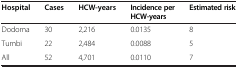
<table><thead><tr><td><b>Hospital</b></td><td><b>Cases</b></td><td><b>HCW-years</b></td><td><b>Incidence per HCW-years</b></td><td><b>Estimated risk</b></td></tr></thead><tbody><tr><td>Dodoma</td><td>30</td><td>2,216</td><td>0.0135</td><td>8</td></tr><tr><td>Tumbi</td><td>22</td><td>2,484</td><td>0.0088</td><td>5</td></tr><tr><td>All</td><td>52</td><td>4,701</td><td>0.0110</td><td>7</td></tr></tbody></table>